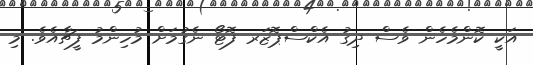
އަކީ ކޮންމެހެން ވެސް ދިގު އެކްސްޕޮޒަރ ފޮޓޯ ނެގުމަށް މުހިންމު ފީޗާއެވެ. މި